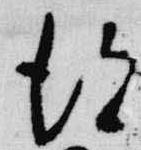
得